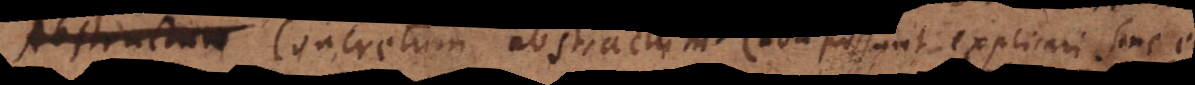
Abstractum Concretum, abstractum (non possunt explicari sine e